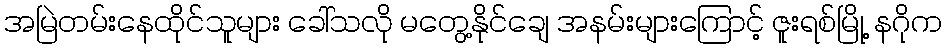
အမြဲတမ်းနေထိုင်သူများ ခေါ်သလို မတွေ့နိုင်ချေ အနမ်းများကြောင့် ဇူးရစ်မြို့ နဂိုက